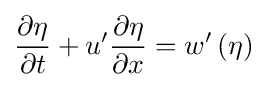
{\frac {\partial \eta }{\partial t}}+u'{\frac {\partial \eta }{\partial x}}=w'\left(\eta \right)